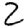
Digit: 2